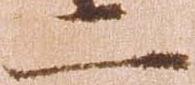
二